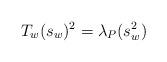
LaTeX: \begin{align*}T_w(s_w)^2=\lambda_P(s_w^2)\end{align*}